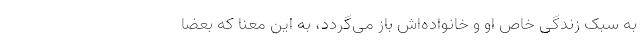
به سبک زندگی خاص او و خانواده‌اش باز می‌گردد، به این معنا که بعضا